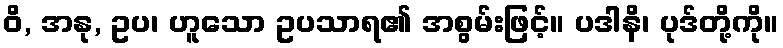
ဝိ, အနု, ဥပ၊ ဟူသော ဥပသာရ၏ အစွမ်းဖြင့်။ ပဒါနိ၊ ပုဒ်တို့ကို။